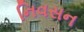
નિવસન